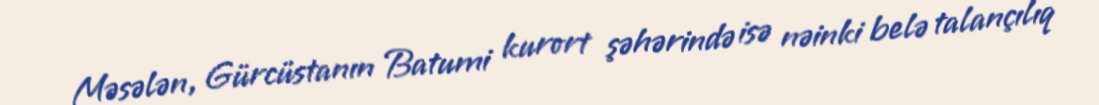
Məsələn, Gürcüstanın Batumi kurort şəhərində isə nəinki belə talançılıq